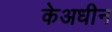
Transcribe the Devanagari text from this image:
केअधीन